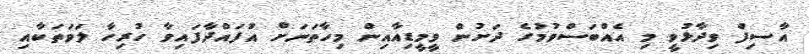
އާސިފް ވިދާޅުވީ މި އެއްބަސްވުމުގެ ދަށުން ވީމީޑިއާއިން މިހާތަނަށް އުފައްދާފައިވާ ހުރިހާ ލަވަތަކާއި